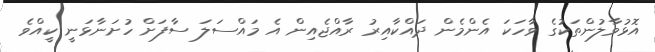
އޮޅުވާލުންތަކުގެ ވާހަކަ އެންމެން ދައްކާއިރު ރާއްޖެއިން އެ މައްސަލަ ސާފަށް ހުށަނާޅަނީ ކީއްވެ